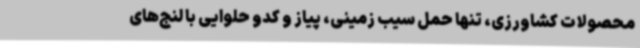
محصولات کشاورزی، تنها حمل سیب زمینی، پیاز و کدو حلوایی با لنج‌های